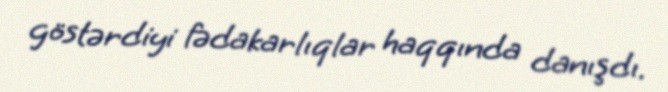
göstərdiyi fədakarlıqlar haqqında danışdı.